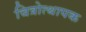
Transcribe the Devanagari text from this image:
चित्रोत्थापक